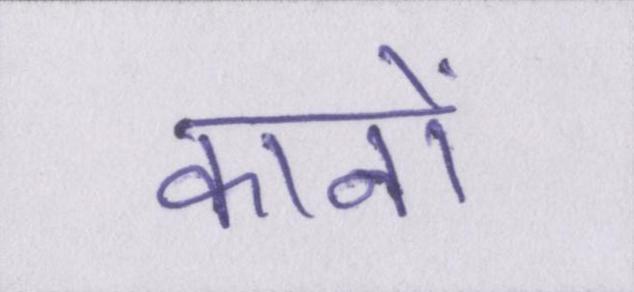
कानों